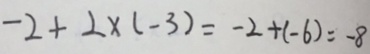
- 2 + 2 \times ( - 3 ) = - 2 + ( - 6 ) = - 8